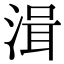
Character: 湒